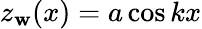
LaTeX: z_{\mathbf{w}}(x)=a\cos{kx}